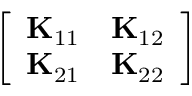
\left[ \begin{array} { c c } { \mathbf { K } _ { 1 1 } } & { \mathbf { K } _ { 1 2 } } \\ { \mathbf { K } _ { 2 1 } } & { \mathbf { K } _ { 2 2 } } \end{array} \right]